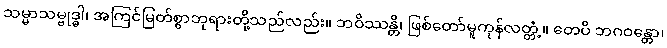
သမ္မာသမ္ဗုဒ္ဓါ၊ အကြင်မြတ်စွာဘုရားတို့သည်လည်း။ ဘဝိဿန္တိ၊ ဖြစ်တော်မူကုန်လတ္တံ့။ တေပိ ဘဂဝန္တော၊